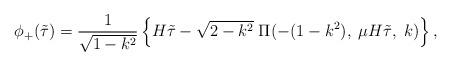
LaTeX: \begin{align*}\phi_+(\tilde{\tau})=\frac{1}{\sqrt{1-k^2}}\left\{ H\tilde{\tau}-\sqrt{2-k^2}\;\Pi(-(1-k^2),\;\mu H\tilde{\tau},\;k)\right\},\end{align*}